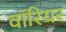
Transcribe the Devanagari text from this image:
वाॅरियर